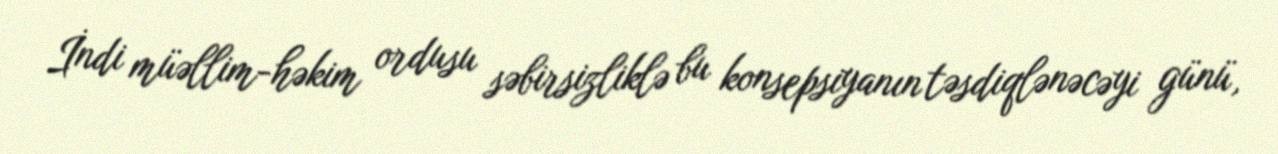
İndi müəllim-həkim ordusu səbirsizliklə bu konsepsiyanın təsdiqlənəcəyi günü,